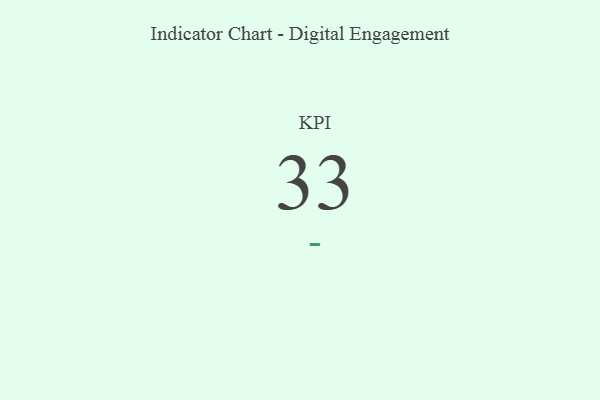
{"axis": {"x": "KPI", "y": "Value"}, "legend": [""], "data": [{"x": "KPI", "y": 33, "type": ""}]}